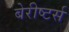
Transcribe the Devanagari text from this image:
बेरीष्टर्स